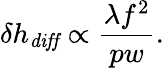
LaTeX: \delta h_{\mathit{diff}}\propto\frac{\lambda f^{2}}{pw}.